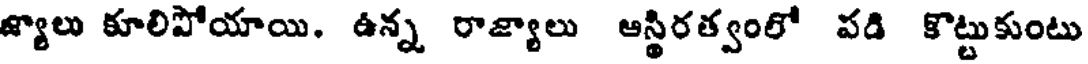
జ్యాలు కూలిపోయాయి. ఉన్న రాజ్యాలు ఆస్థిరత్వంలో పడి కొట్టుకుంటు